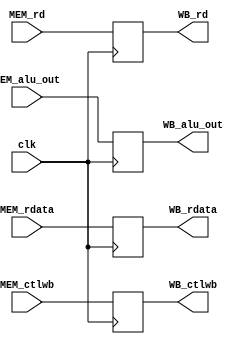
`ifndef _mem_wb_v_
`define _mem_wb_v_
`endif

module mem_wb(clk,
              MEM_ctlwb, MEM_rdata, MEM_alu_out, MEM_rd,
              WB_ctlwb, WB_rdata, WB_alu_out, WB_rd);

  input wire clk;

  input wire [1:0] MEM_ctlwb;
  input wire [31:0] MEM_rdata, MEM_alu_out;
  input wire [4:0] MEM_rd;
  
  output reg [1:0] WB_ctlwb;
  output reg [31:0] WB_rdata, WB_alu_out;
  output reg [4:0] WB_rd;
  
  initial begin
    WB_ctlwb <= 0;
  end
  
  always @(posedge clk)
  begin
    WB_ctlwb   <= MEM_ctlwb;
    WB_rdata   <= MEM_rdata;
    WB_alu_out <= MEM_alu_out;
    WB_rd      <= MEM_rd;
  end
 
endmodule